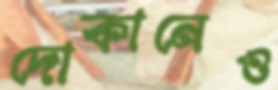
দোকানেও